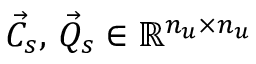
\vec { C } _ { s } , \, \vec { Q } _ { s } \in \mathbb R ^ { n _ { u } \times n _ { u } }